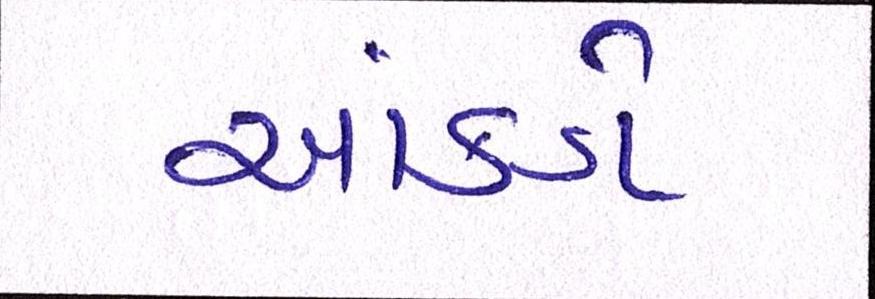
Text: આંકડો